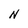
Character: N